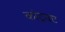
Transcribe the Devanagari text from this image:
कांट्रक्ट